General report no. 6 on the lunatic asylums, vaccination and dispensaries in the Bengal Presidency, 1873 -
Year: 1873
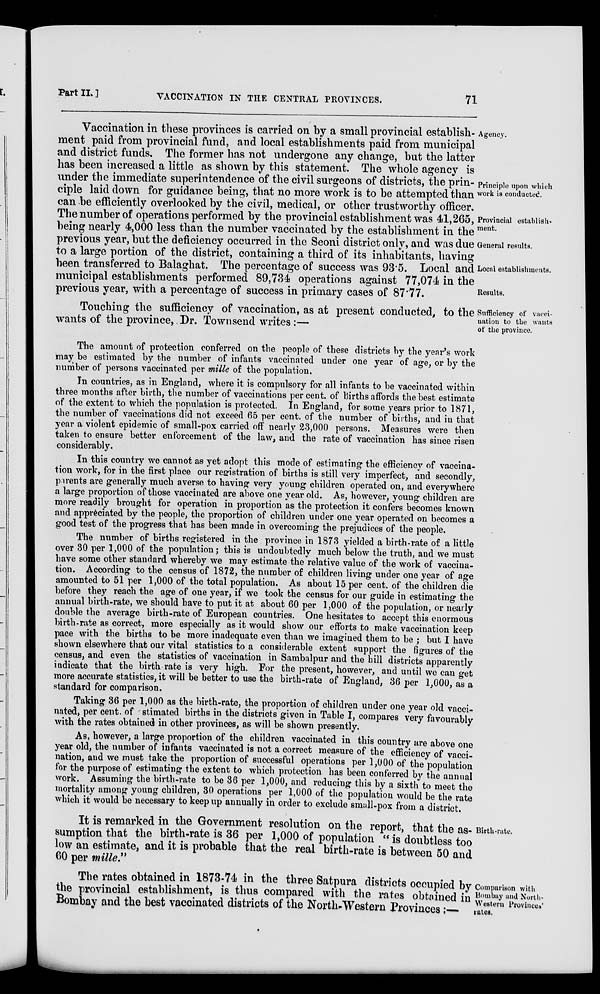
Part II.]
VACCINATION IN THE CENTRAL PROVINCES.
71
Agency.
Principle upon which
work is conducted.
Provincial establish¬
ment.
General results.
Local establishments.
Results.
Vaccination in these provinces is carried on by a small provincial establish-
ment paid from provincial fund, and local establishments paid from municipal
and district funds. The former has not undergone any change, but the latter
has been increased a little as shown by this statement. The whole agency is
under the immediate superintendence of the civil surgeons of districts, the prin-
ciple laid down for guidance being, that no more work is to be attempted than
can be efficiently overlooked by the civil, medical, or other trustworthy officer.
The number of operations performed by the provincial establishment was 41,265,
being nearly 4,000 less than the number vaccinated by the establishment in the
previous year, but the deficiency occurred in the Seoni district only, and was due
to a large portion of the district, containing a third of its inhabitants, having
been transferred to Balaghat. The percentage of success was 93.5. Local and
municipal establishments performed 89,734 operations against 77,074 in the
previous year, with a percentage of success in primary cases of 87.77.
Sufficiency of vacci-
nation to the wants
of the province.
Touching the sufficiency of vaccination, as at present conducted, to the
wants of the province, Dr. Townsend writes :—
The amount of protection conferred on the people of these districts by the year's work
may be estimated by the number of infants vaccinated under one year of age, or by the
number of persons vaccinated per mille of the population.
In countries, as in England, where it is compulsory for all infants to be vaccinated within
three months after birth, the number of vaccinations per cent. of births affords the best estimate
of the extent to which the population is protected. In England, for some years prior to 1871,
the number of vaccinations did not exceed 65 per cent. of the number of births, and in that
year a violent epidemic of small-pox carried off nearly 23,000 persons. Measures were then
taken to ensure better enforcement of the law, and the rate of vaccination has since risen
considerably.
In this country we cannot as yet adopt this mode of estimating the efficiency of vaccina-
tion work, for in the first place our registration of births is still very imperfect, and secondly,
parents are generally much averse to having very young children operated on, and everywhere
a large proportion of those vaccinated are above one year old. As, however, young children are
more readily brought for operation in proportion as the protection it confers becomes known
and appreciated by the people, the proportion of children under one year operated on becomes a
good test of the progress that has been made in overcoming the prejudices of the people.
The number of births registered in the province in 1873 yielded a birth-rate of a little
over 30 per 1,000 of the population; this is undoubtedly much below the truth, and we must
have some other standard whereby we may estimate the relative value of the work of vaccina-
tion. According to the census of 1872, the number of children living under one year of age
amounted to 51 per 1,000 of the total population. As about 15 per cent. of the children die
before they reach the age of one year, if we took the census for our guide in estimating the
annual birth-rate, we should have to put it at about 60 per 1,000 of the population, or nearly
double the average birth-rate of European countries. One hesitates to accept this enormous
birth-rate as correct, more especially as it would show our efforts to make vaccination keep
pace with the births to be more inadequate even than we imagined them to be ; but I have
shown elsewhere that our vital statistics to a considerable extent support the figures of the
census, and even the statistics of vaccination in Sambalpur and the hill districts apparently
indicate that the birth rate is very high. For the present, however, and until we can get
more accurate statistics, it will be better to use the birth-rate of England, 36 per 1,000, as a
standard for comparison.
Taking 36 per 1,000 as the birth-rate, the proportion of children under one year old vacci-
nated, per cent. of stimated births in the districts given in Table I, compares very favourably
with the rates obtained in other provinces, as will be shown presently.
As, however, a large proportion of the children vaccinated in this country are above one
year old, the number of infants vaccinated is not a correct measure of the efficiency of vacci-
nation, and we must take the proportion of successful operations per 1,000 of the population
for the purpose of estimating the extent to which protection has been conferred by the annual
work. Assuming the birth-rate to be 36 per 1,000, and reducing this by a sixth to meet the
mortality among young children, 30 operations per 1,000 of the population would be the rate
which it would be necessary to keep up annually in order to exclude small-pox from a district.
Birth-rate.
It is remarked in the Government resolution on the report, that the as-
sumption that the birth-rate is 36 per 1,000 of population " is doubtless too
low an estimate, and it is probable that the real birth-rate is between 50 and
60 per mille"
Comparison with
Bombay and North-
-estern Provinces'
rates.
The rates obtained in 1873-74 in the three Satpura districts occupied by
the provincial establishment, is thus compared with the rates obtained in
Bombay and the best vaccinated districts of the North-Western Provinces:—